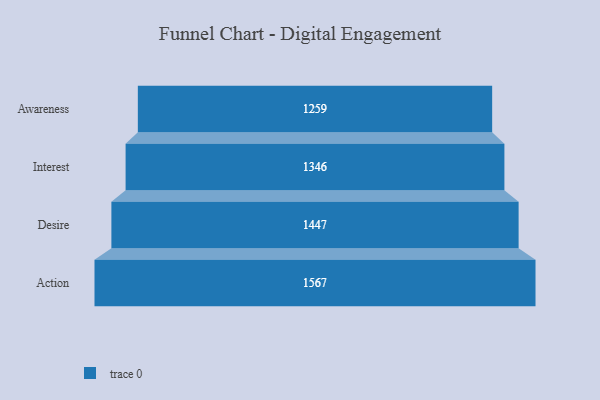
{"axis": {"x": "Stage", "y": "Value"}, "legend": [""], "data": [{"x": "Awareness", "y": 1259.0, "type": ""}, {"x": "Interest", "y": 1346.0, "type": ""}, {"x": "Desire", "y": 1447.0, "type": ""}, {"x": "Action", "y": 1567.0, "type": ""}]}